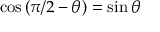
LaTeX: \cos \left( \pi / 2 - \theta \right) = \sin \theta